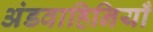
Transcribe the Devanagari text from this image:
अंडवाहिनियाँ